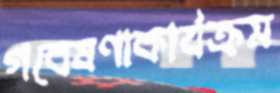
গবেষণাকার্যক্রম